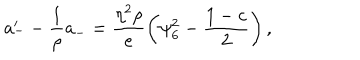
LaTeX: a _ { - } ^ { \prime } - \frac { 1 } { \rho } a _ { - } = \frac { \eta ^ { 2 } \rho } { e } \left( \psi _ { 6 } ^ { 2 } - \frac { 1 - c } { 2 } \right) ,